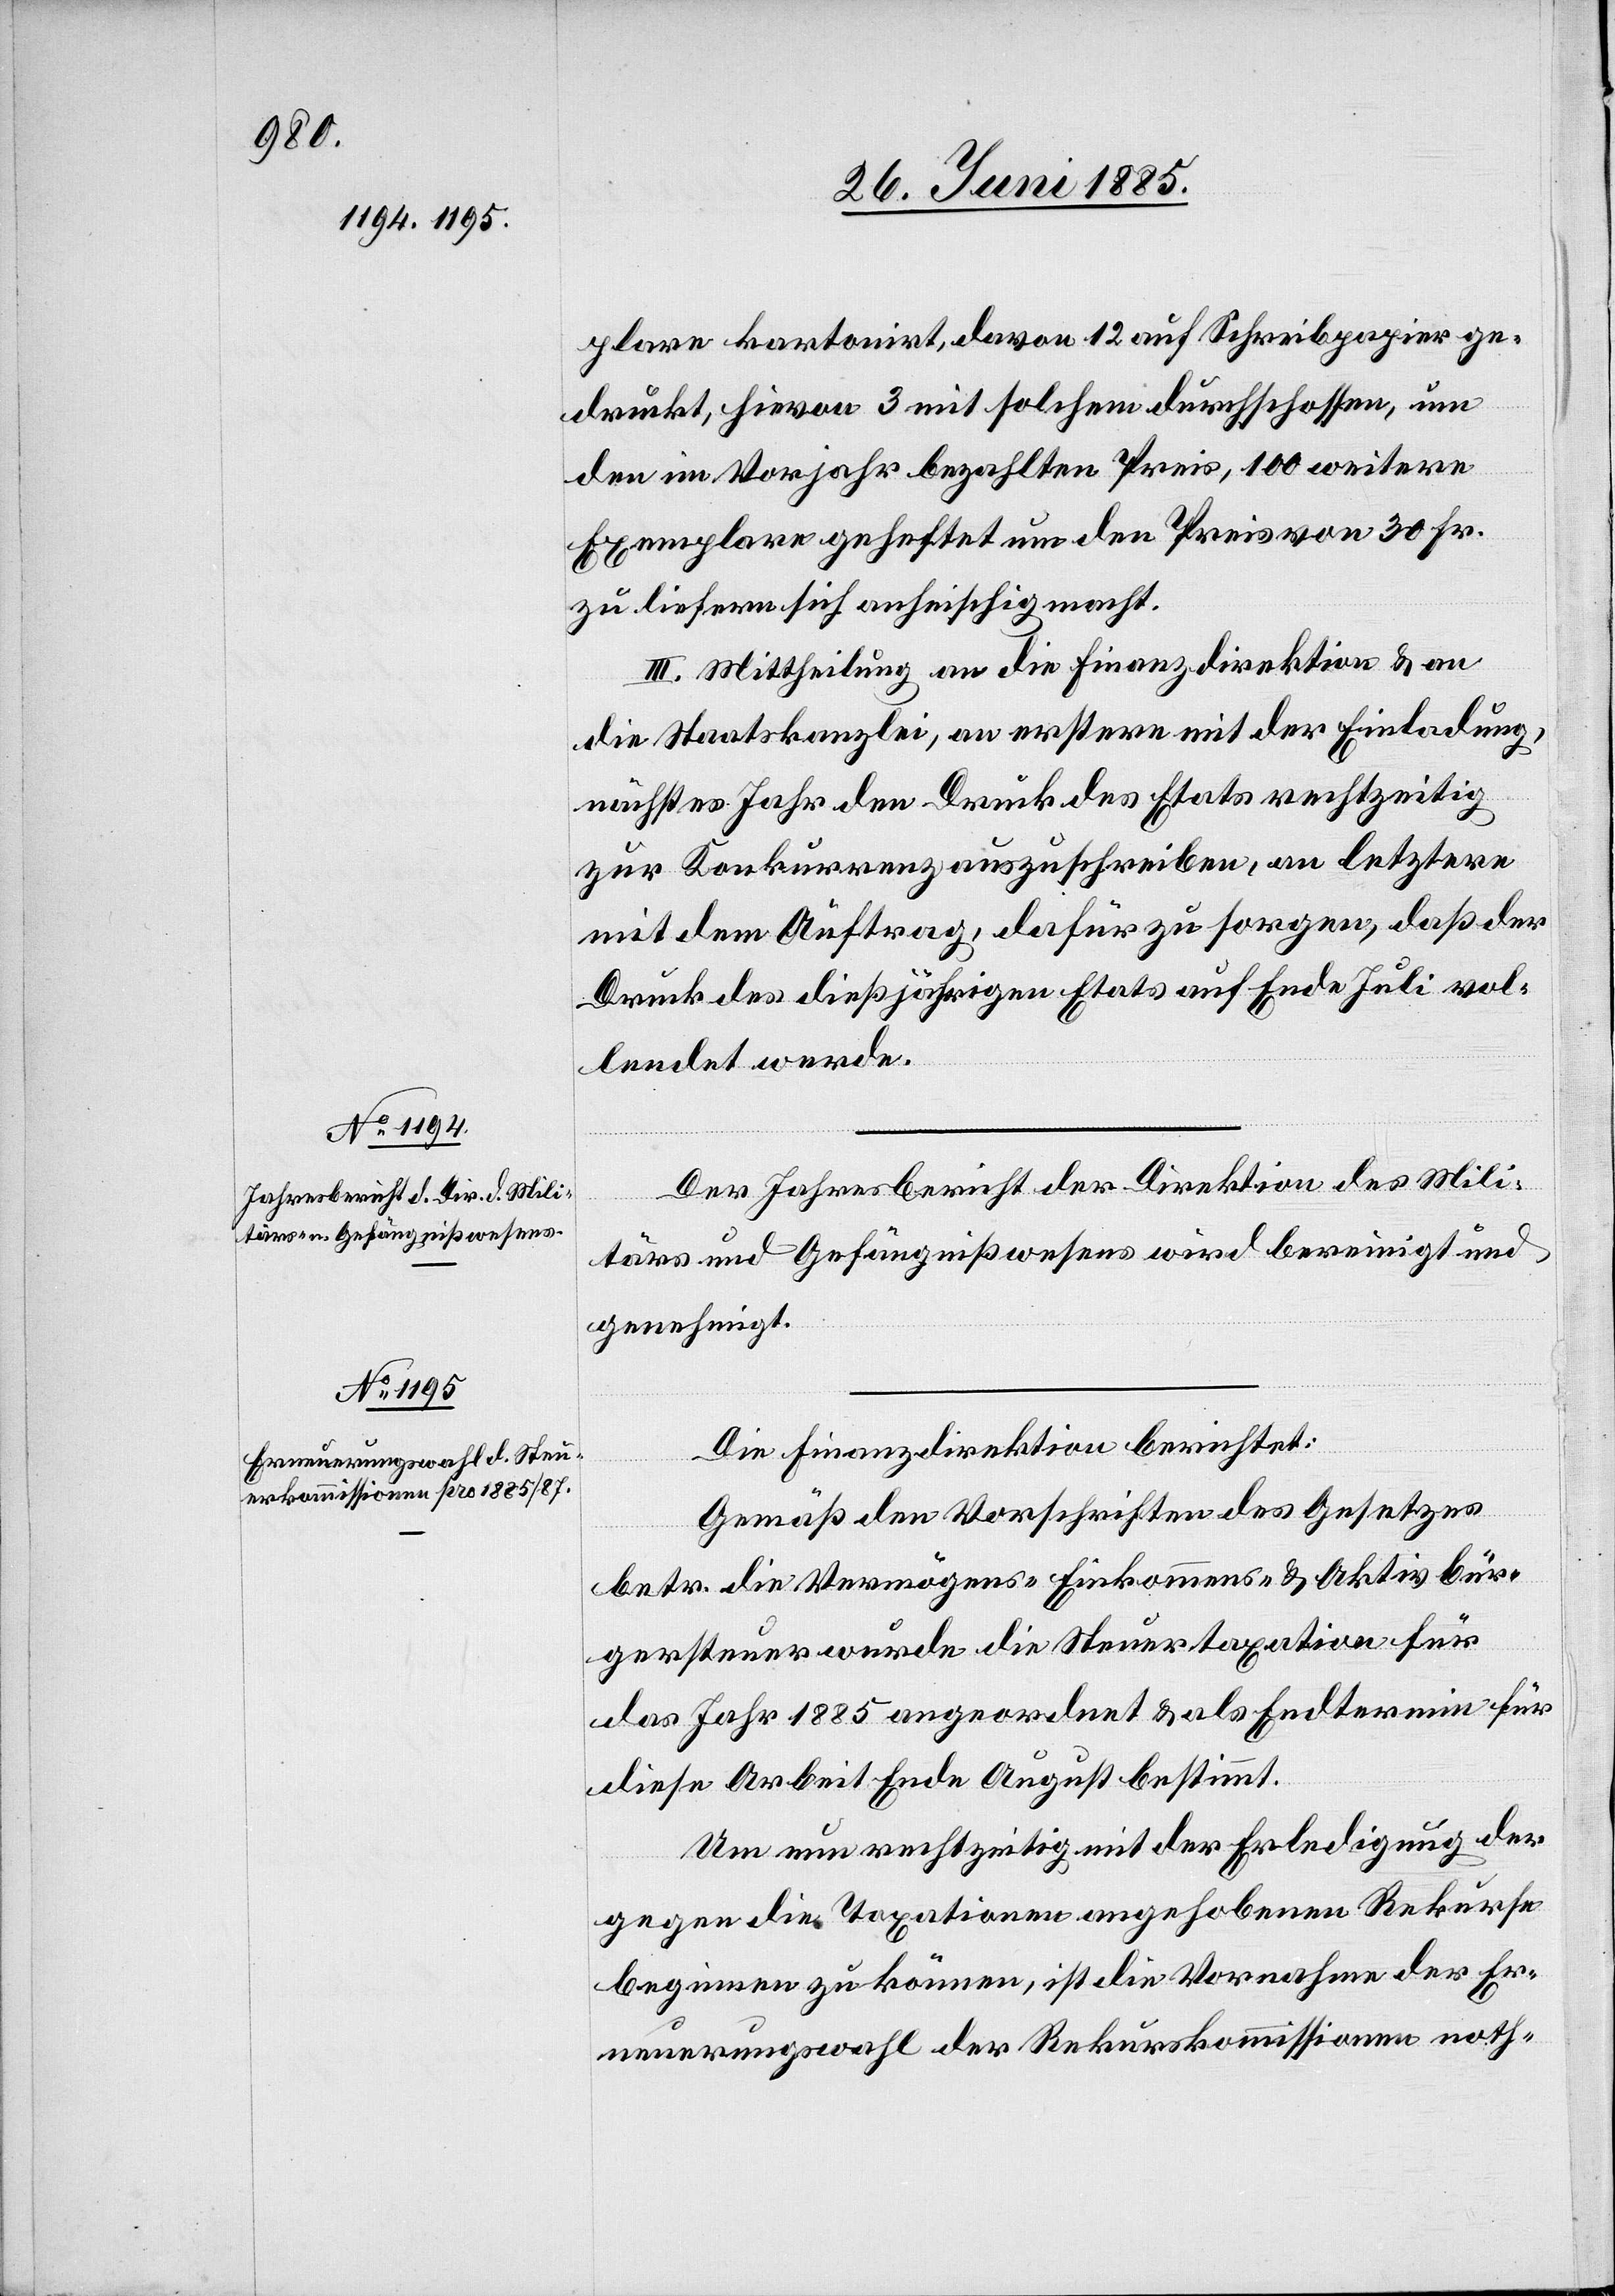
plare kartonirt, davon 12 auf Schreibpapier ge¬
druckt, hievon 3 mit solchem durchschossen, um
den im Vorjahr bezahlten Preis, 100 weitere
zu liefern sich anheischig macht.
III. Mittheilung an die Finanzdirektion & an
die Staatskanzlei, an erstere mit er Einladung,
nächstes Jahr dem Druck des Etats rechtzeitig
zur Konkurrenz auszuschreiben, an letztere
mit dem Auftrag, dafür zu sorgen, daß der
Druck des dießjährigen Etats auf Ende Juli vol¬
lendet werde.
Der Jahresbericht der Direktion des Mili¬
tärs und Gefängnißwesens wird bereinigt und
genehmigt.